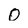
Character: 0